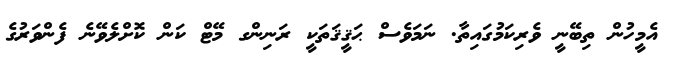
އެމީހުން ތިބޭނީ ވެރިކަމުގައިތާ. ނަމަވެސް ޙަޤީޤަތަކީ ރަނިންގ މޭޓް ކަން ކޮށްލެވޭނެ ފެންވަރުގެ